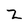
Character: z